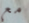
مع